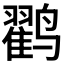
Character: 𱊱